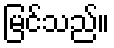
မြင်သည်။